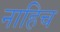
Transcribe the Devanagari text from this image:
नाहिच